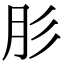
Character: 肜